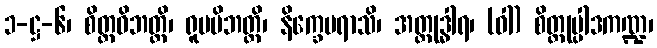
၁-ဋ္ဌ-၆၊ စိတ္တဝိဘတ္တိ၊ ရူပပိဘတ္တိ၊ နိက္ခေပရာသိ၊ အတ္ထုဒ္ဓါရ၊ (ဝါ) စိတ္တုပ္ပါဒကဏ္ဍ၊